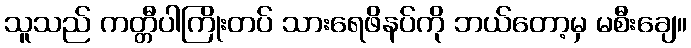
သူသည် ကတ္တီပါကြိုးတပ် သားရေဖိနပ်ကို ဘယ်တော့မှ မစီးချေ။